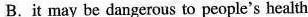
B.it may be dangerous to people's health